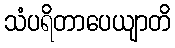
သံပရိတာပေယျာတိ